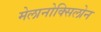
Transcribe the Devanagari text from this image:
मेलानोक्सिलोन